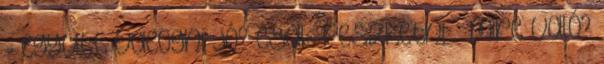
- együtt vacogni jó? Csak reszketni – mire való?